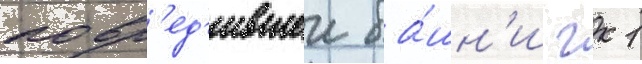
повр'ед'ившеи ба́шн'и гк 1